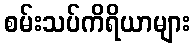
စမ်းသပ်ကိရိယာများ